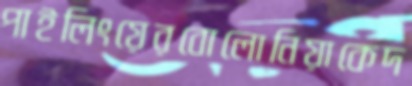
পাইলিংয়েরবোলোনিয়াকেদ